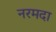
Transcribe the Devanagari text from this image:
नरमदा